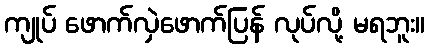
ကျုပ် ဖောက်လှဲဖောက်ပြန် လုပ်လို့ မရဘူး။